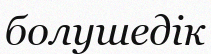
болушедік